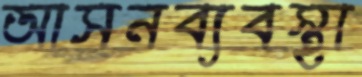
আসনব্যবস্থা